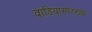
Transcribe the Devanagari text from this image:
वाडियासारख्या